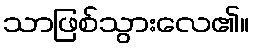
သာဖြစ်သွားလေ၏။